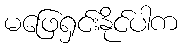
မဖြေရှင်းနိုင်ပါက